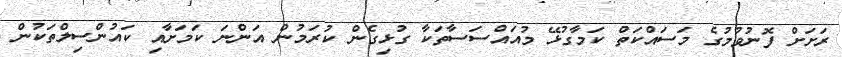
ރަށަށް ފޮނުވުމުގެ މަސައްކަތް ކަމާގުޅޭ މުއައްސަސާތަކާ ގުޅިގެން ކުރަމުން އަންނަ ކަމަށާއި ކައުންސިލްތަކުން